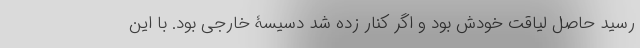
رسید حاصل لیاقت خودش بود و اگر کنار زده شد دسیسۀ خارجی بود. با این